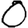
Digit: 0